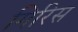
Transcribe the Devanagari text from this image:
गिरिस